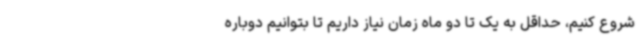
شروع کنیم، حداقل به یک تا دو ماه زمان نیاز داریم تا بتوانیم دوباره